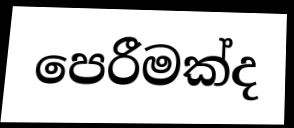
පෙරීමක්ද